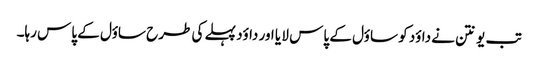
تب یونتن نے داؤد کو ساؤل کے پاس لا یا اور داؤد پہلے کی طرح ساؤل کے پاس رہا۔